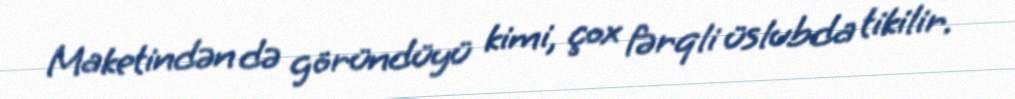
Maketindən də göründüyü kimi, çox fərqli üslubda tikilir.